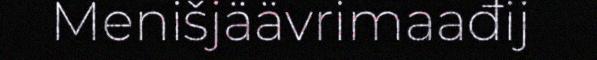
Menišjäävrimaađij